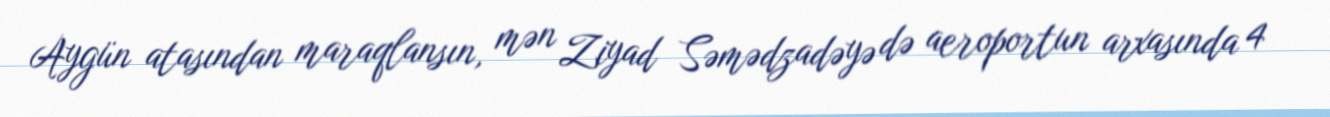
Aygün atasından maraqlansın, mən Ziyad Səmədzadəyə də aeroportun arxasında 4